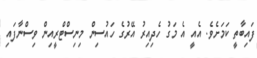
ފައިބާތީ ކަމަށެވެ. އެއީ އެ މަގު ހެދިއިރު އޭރުގެ ހައުސިން މިނިސްޓްރީއިން ވިސްނާފައި